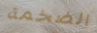
الضخمة